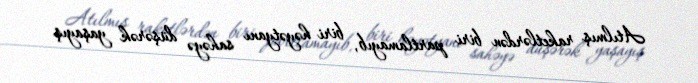
Atılmış raketlərdən biri partlamayıb, biri həyətyanı sahəyə düşərək yaşayış